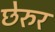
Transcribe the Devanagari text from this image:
छेरुर